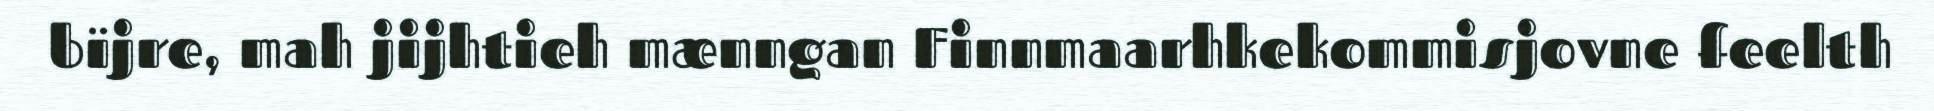
bïjre, mah jijhtieh mænngan Finnmaarhkekommisjovne feelth